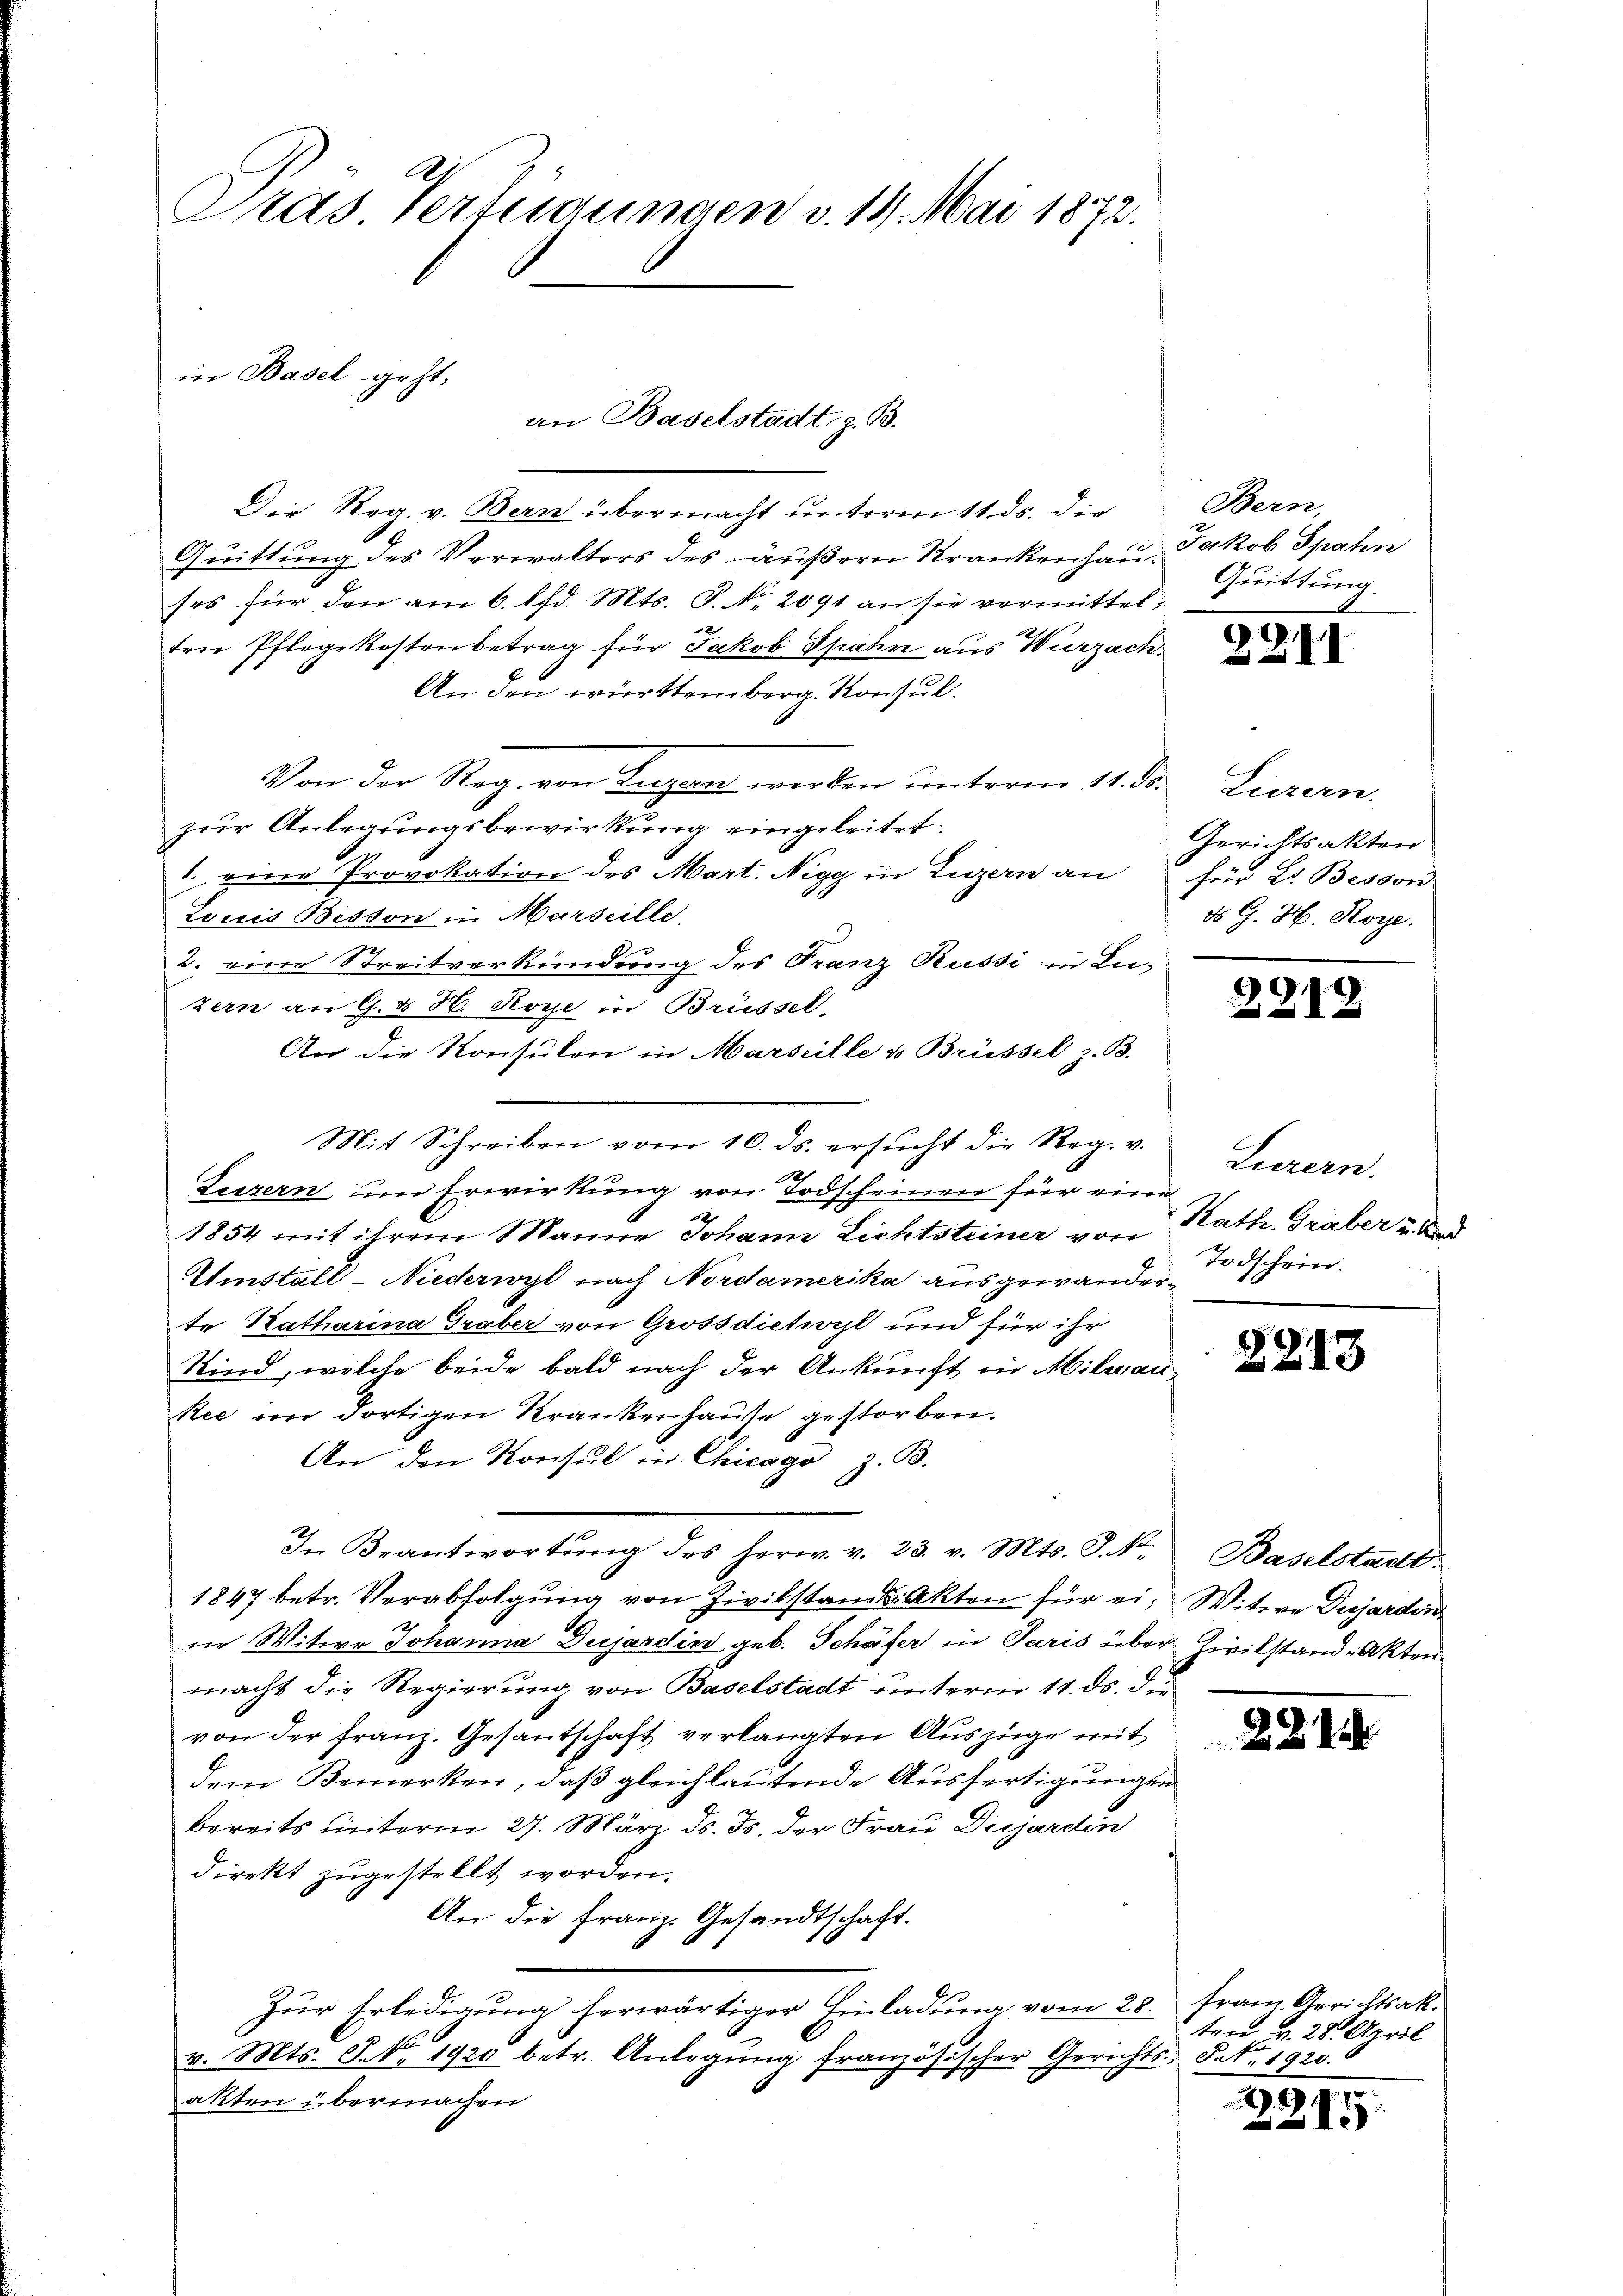
Dras Verfügungen v. 14. Mai 1872.

Die Reg. v. Bern übermacht unterm 11. ds. die
Quittung des Verwalters des äußern Krankenhan Jakob Spahn
ses für den am 6. lfd. Mts. S. Nr. 2091 an sie vermittelten Pflegekostenbetrag für Jakob Spahn aus Wurzach.
An den württemberg. Konsul
Von der Reg. von Tagen werden unterm 11. ds.
zur Anlegungsbewirkung eingeleitet.
 eine Provokation des Mart. Nigg in Luzern an für B. Besson
Louis Beston in Marseille
2. eine Streitverkündung des Franz Russi in Luzern an G. H. Roye in Brüssel,
An die Konsulen in Marseille u Brüssel z. B.
.
Luzern um Erwirkung von Todscheinen für eine
1854 mit ihrem Manne Johann Lichtsteiner von
Einstall-Niederwyl nach Nordamerika ausgewanderte Hatharina Graber von Grossdietwyl und für ihr
Kind, welche beide bald nach der Ankunft in Milwau¬
Ree im dortigen Krankenhause gestorben.
An den Konsul in Chicago z. B.
I. Beantwortŭng des Herr. v. 23. v. Mts. S. 4.
1847 betr. Verabfolgung von Zivilstand Akten für ein Witwe Dujardin
ne Witwe Johanna Dujardin geb. Schäfer in Paris über Zivilstand Akten
macht die Regierung von Baselstadt unterm 11. ds. d.
von der Franz. Gesantschaft verlangten Auszüge mit
dem Bemerken, daß gleichlautende Ausfertigungen
bereits unterm 27. März d. Js. der Frau Diejardin
direkt zugestellt worden.
An die Franz. Gesandtschaft.
Zŭr Erledigung herwärtiger Einladung vom 28. Franz. Gerichtsak.
v. Mts. S. Nr. 1920 betr. Anlegŭng französischer Gerichts Petr. 1920.
akten übermachen

in Basel geht.
an Baselstadt, z. B.

Mit Schreiben vom 10. ds. ersucht die Reg. v.

Bern,
Quittung.

2211

Luzern.
Gerichtsakten
ds G. H. Roye.

2212

Luzern.
Kath. Gräber u. Kind
Todschein.

2213

Baselstadt:

2

ten v. 28. April

.